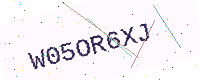
Text: W05OR6XJ